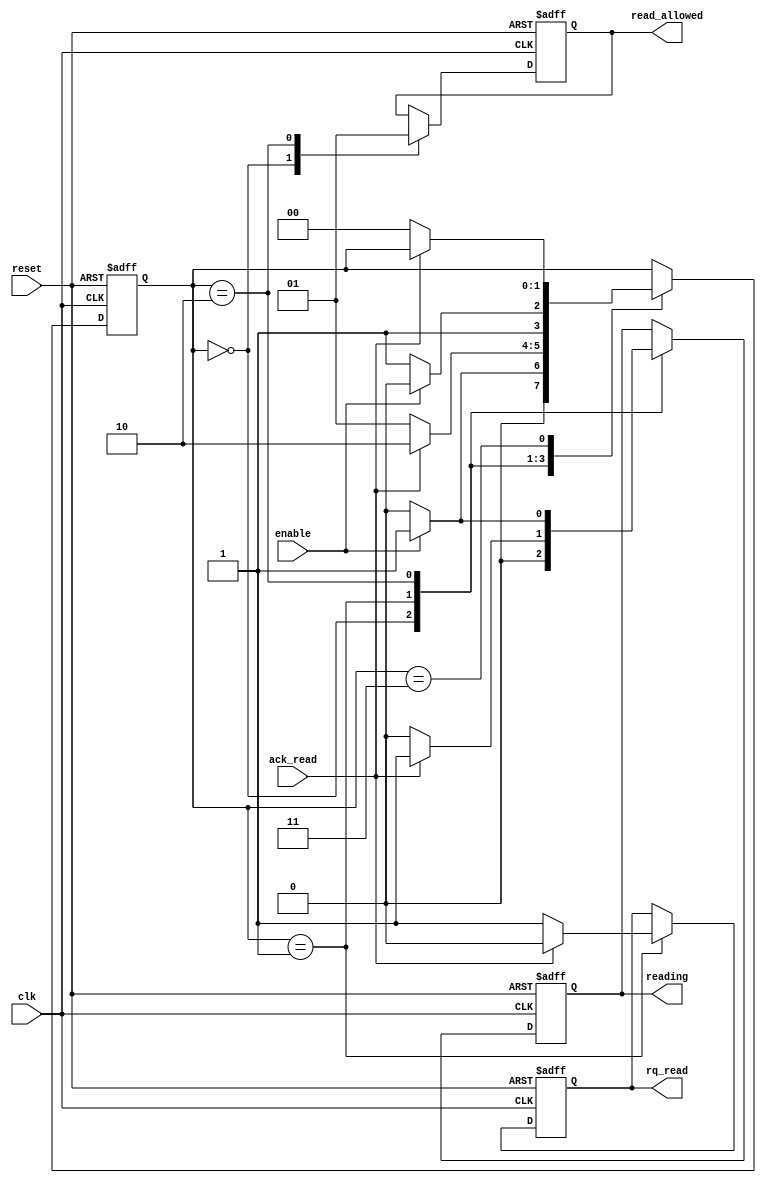
module buffer_reader (
    input wire clk,
    input wire reset,

    //Writer control signals
    input wire enable,
    output reg read_allowed,

    //Buffer control signales
    input wire ack_read,
    output reg rq_read,
    output reg reading
);

    localparam IDLE = 0;
    localparam REQUESTING = 1;
    localparam READING = 2; 
    localparam ENDING = 3; 

    reg [1:0] state;

    initial begin
        state = IDLE;
        read_allowed = 0;
        rq_read = 0;
        reading = 0;
    end

    always @(posedge clk, posedge reset)begin 
        if(reset)begin
            state <= IDLE;
            read_allowed <= 1'b0;
            rq_read <= 1'b0;
            reading <= 1'b0;        
        end else begin
            case (state)
                IDLE: begin
                    state <= (enable)? REQUESTING : IDLE;
                    read_allowed <= 1'b0;
                    reading <= 1'b0;
                end
                REQUESTING: begin
                    rq_read <= (ack_read)? 1'b0 : 1'b1;
                    state <= (ack_read)? READING : REQUESTING;
                    reading <= (ack_read)? 1'b1 : 1'b0;
                end
                READING: begin
                    read_allowed <= 1'b1;
                    reading <= (enable)? 1'b1 : 1'b0;
                    state <= (enable)? READING : ENDING;
                end
                ENDING: begin
                    if(ack_read == 1'b0)begin
                        state <= IDLE;
                    end
                end  
                default: begin
                    state <= IDLE;
                end
            endcase
        end
    end
endmodule